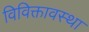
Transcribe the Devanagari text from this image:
विविक्तावस्था